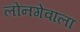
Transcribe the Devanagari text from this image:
लोनगेवाला